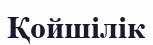
Қойшілік